system: You are a helpful assistant.
user:
Analyze the provided spectrum to determine if it is a **"Cataclysmic Variables (CV)"**.

- **Key Indicators for CV (Check for either state):**
    - **State 1: Quiescent / Low-State (Emission-Dominated)**
        - **(Primary):** Strong and *very broad* Hydrogen Balmer emission lines (e.g., $H\alpha$ at 6563 Å, $H\beta$ at 4861 Å). The 'broadness' (high velocity dispersion, often FWHM > 1000 km/s) is the key diagnostic, indicating a high-velocity accretion disk.
        - **(Secondary):** Broad neutral Helium (He I) emission lines (e.g., 5876 Å, 6678 Å).
        - **(Key Confirmation):** Presence of high-excitation *ionized* Helium (He II) emission at 4686 Å. This is a strong indicator of accretion onto a white dwarf.
        - **(Line Profile):** Emission lines may exhibit a 'double-peaked' profile, which is a classic signature of a rotating accretion disk viewed at high inclination.

    - **State 2: Outburst / High-State (Absorption-Dominated)**
        - **(Primary):** Spectrum is dominated by a bright, blue continuum (looks like a hot star).
        - **(Secondary):** The emission lines from State 1 are weak, absent, or 'filled in', and are replaced by broad, shallow *absorption* lines (primarily Balmer and He I).
        - **(Morphology):** The overall spectrum mimics a hot B/A-type star. The crucial difference is that the absorption lines are significantly broader, shallower, and more 'washed-out' (or 'smeared') than the sharp lines of a normal stellar photosphere, due to high rotational speeds and pressure broadening in the disk.

Think first, call **spectral_visualization_tool** if needed to examine features in detail, then provide your final answer. Your response must adhere to the following strict rules:
1.  **Overall Structure:** Your response must follow the format `<think>...</think> <tool_call>...</tool_call> (if a tool is used) <answer>...</answer>`.
2.  **Tool Usage Constraint:** You may only make **one** tool call per turn.
3.  **Final Answer Format:** In the `<answer>` tag, your conclusion must be inside a `\boxed{}` command (e.g., `\boxed{YES}`), followed by your justification.

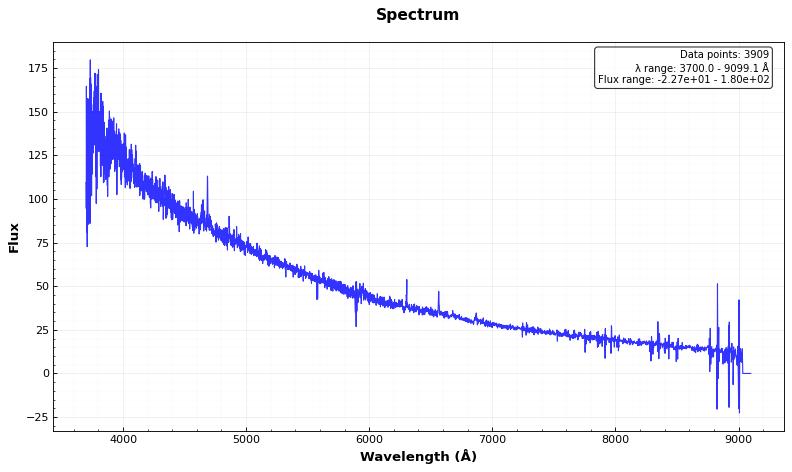
Answer: YES